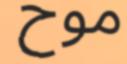
موح